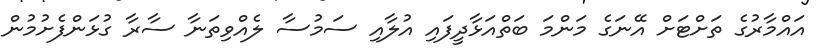
އައްމާރުގެ ތަށްޓަށް އޭނަގެ މަންމަ ބަތްއަޅާދީފައި އުލާއި ސަމުސާ ލެއްވިތަނާ ސާރާ ގުޅަންފެށުމުން